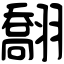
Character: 䎗